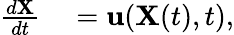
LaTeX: \begin{array}{rl}{\frac{d\mathbf{X}}{dt}}&{{}=\mathbf{u}(\mathbf{X}(t),t),}\end{array}